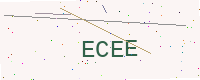
Text: ECEE